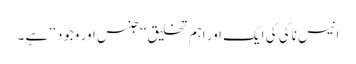
انیس ناگی کی ایک اور اہم تخلیق‘‘جنس اور وجود ‘‘ ہے ۔